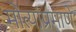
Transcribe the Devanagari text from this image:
मोत्यांप्रमाणे